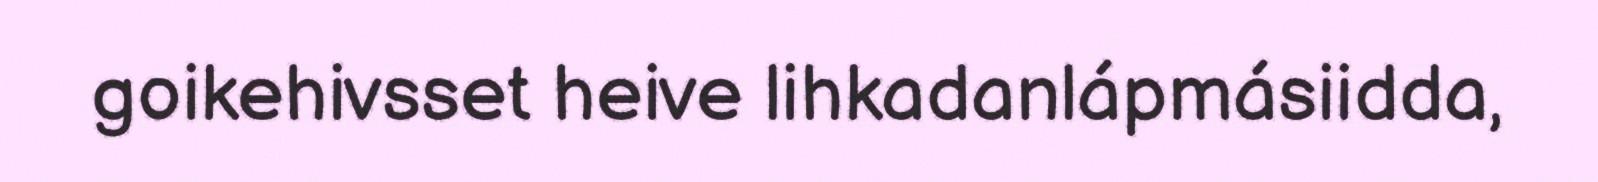
goikehivsset heive lihkadanlápmásiidda,